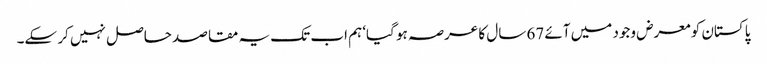
پاکستان کو معرض وجود میں آئے 67 سال کا عرصہ ہو گیا‘ ہم اب تک یہ مقاصد حاصل نہیں کر سکے۔